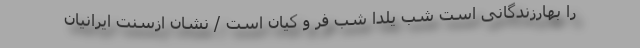
را بهارزندگانی است شب یلدا شب فر و کیان است / نشان ازسنت ایرانیان